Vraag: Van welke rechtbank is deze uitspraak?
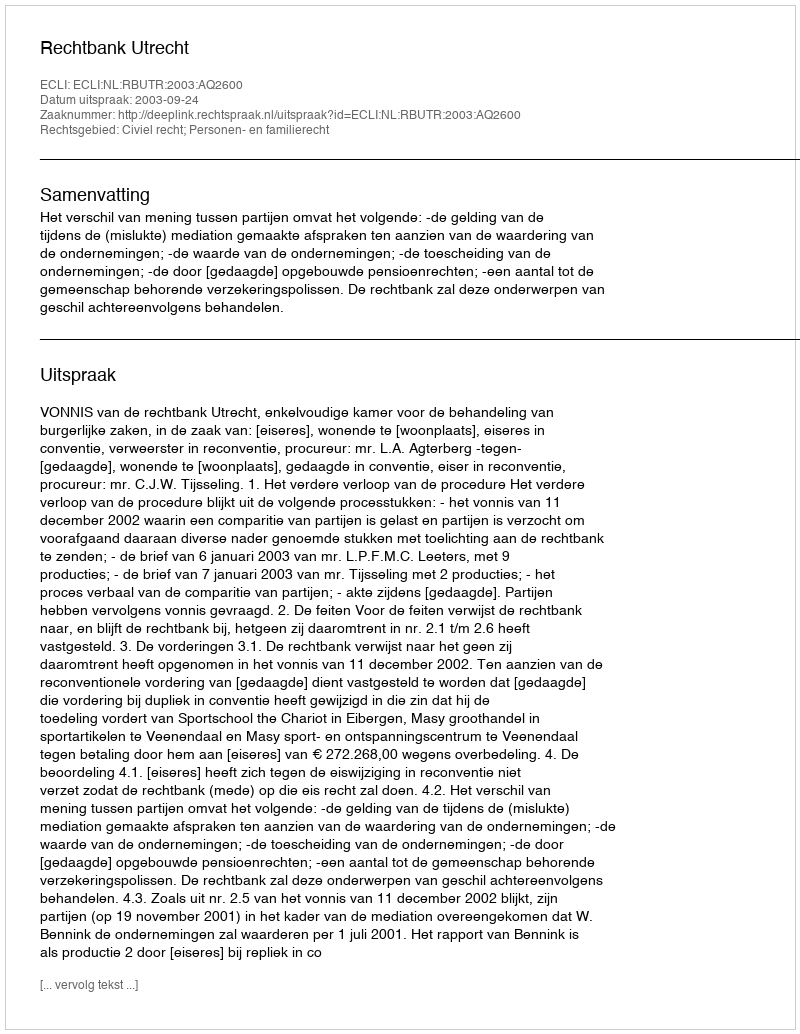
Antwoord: Rechtbank Utrecht